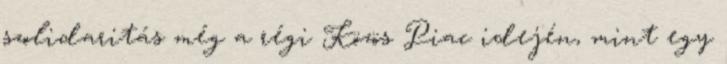
szolidaritás még a régi Közös Piac idején, mint egy